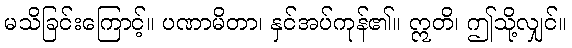
မသိခြင်းကြောင့်။ ပဏာမိတာ၊ နှင်အပ်ကုန်၏။ ဣတိ၊ ဤသို့လျှင်။